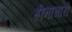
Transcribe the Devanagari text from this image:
हीनाचारों